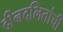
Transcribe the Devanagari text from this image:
दीनदलितांची